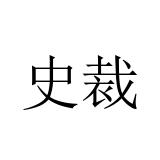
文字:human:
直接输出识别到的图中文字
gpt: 史裁